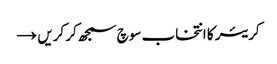
کریئر کا انتخاب سوچ سمجھ کر کریں →